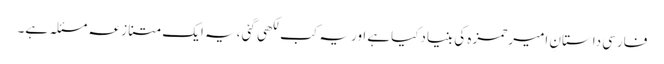
فارسی داستانِ امیرحمزہ کی بنیادکیاہے اوریہ کب لکھی گئی ،یہ ایک متنازعہ مسئلہ ہے۔